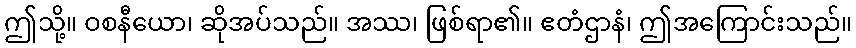
ဤသို့။ ဝစနီယော၊ ဆိုအပ်သည်။ အဿ၊ ဖြစ်ရာ၏။ ဧတံဌာနံ၊ ဤအကြောင်းသည်။